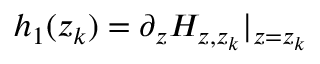
h _ { 1 } ( z _ { k } ) = \partial _ { z } H _ { z , z _ { k } } | _ { z = z _ { k } }